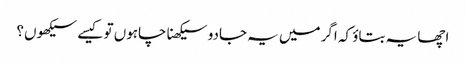
اچھا یہ بتاؤ کہ اگر میں یہ جادو سیکھنا چاہوں تو کیسے سیکھوں؟